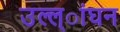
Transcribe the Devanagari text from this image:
उल्ल्ांघन